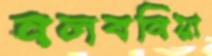
নলবনিয়া